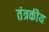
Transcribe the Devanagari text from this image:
तंत्रकीय